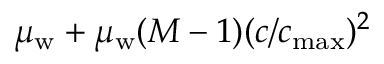
\mu _ { \mathrm { w } } + \mu _ { \mathrm { w } } ( M - 1 ) ( c / c _ { \mathrm { m a x } } ) ^ { 2 }